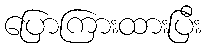
ပြောကြားထားပြီး